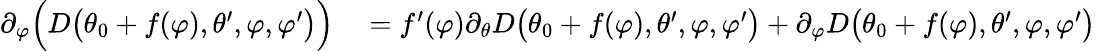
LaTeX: \begin{array}{rl}{\partial_{\varphi}\Big(D\big(\theta_{0}+f(\varphi),\theta^{\prime},\varphi,\varphi^{\prime}\big)\Big)}&{{}=f^{\prime}(\varphi)\partial_{\theta}D\big(\theta_{0}+f(\varphi),\theta^{\prime},\varphi,\varphi^{\prime}\big)+\partial_{\varphi}D\big(\theta_{0}+f(\varphi),\theta^{\prime},\varphi,\varphi^{\prime}\big)}\end{array}